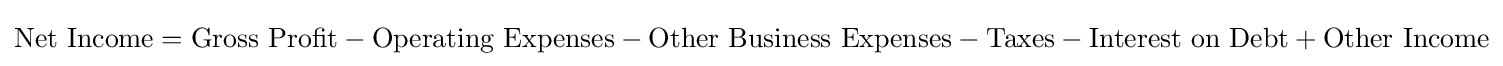
{\text{Net Income}}={\text{Gross Profit}}-{\text{Operating Expenses}}-{\text{Other Business Expenses}}-{\text{Taxes}}-{\text{Interest on Debt}}+{\text{Other Income}}